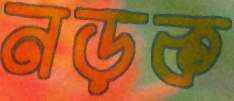
নড়ক